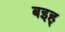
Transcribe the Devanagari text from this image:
बइह्‌